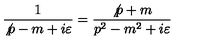
\frac { 1 } { \not { p } - m + i \varepsilon } = \frac { \not { p } + m } { p ^ { 2 } - m ^ { 2 } + i \varepsilon }